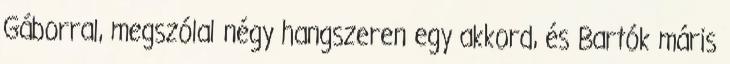
Gáborral, megszólal négy hangszeren egy akkord, és Bartók máris